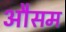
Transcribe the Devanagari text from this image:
औसम